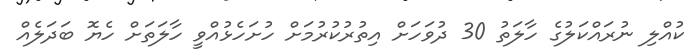
ކުއްލި ނުރައްކަލުގެ ހާލަތު 30 ދުވަހަށް އިތުރުކުރުމަށް ހުށަހެޅުއްވީ ހާލަތަށް ހެޔޮ ބަދަލެއް